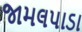
જામલપાડા